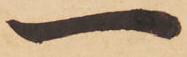
一